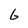
Character: 6